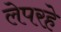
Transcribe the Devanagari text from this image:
लेपरहे